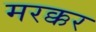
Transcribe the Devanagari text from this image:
मरक्कर